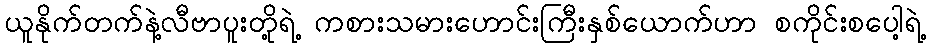
ယူနိုက်တက်နဲ့လီဗာပူးတို့ရဲ့ ကစားသမားဟောင်းကြီးနှစ်ယောက်ဟာ စကိုင်းစပေါ့ရဲ့